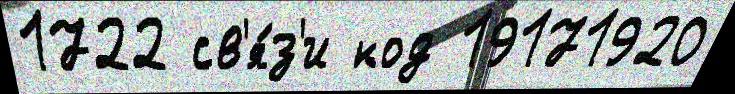
1722 св'я́з'и код 19171920